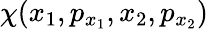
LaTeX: \chi(x_{1},p_{x_{1}},x_{2},p_{x_{2}})